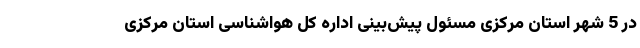
در 5 شهر استان مرکزی مسئول پیش‌بینی اداره کل هواشناسی استان مرکزی